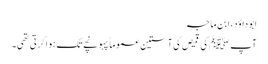
ابو داؤد، ابن ماجہ
آپ ﷺ کی قمیص کی آستین عموماً پہونچے تک ہوا کرتی تھی۔